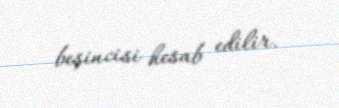
beşincisi hesab edilir.